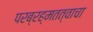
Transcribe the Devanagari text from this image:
परब्रह्मतत्वाचा